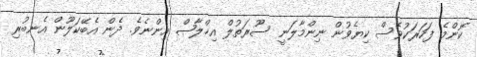
ކޮންމެ ފަހަރަކުވެސް ކިޔެވުން ނިންމާލަނީ ސޫރަތުލް އިޚްލާޞް އިންނެވެ. ދެން އެބޭކަލޫން އެނބުރި